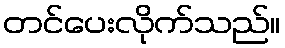
တင်ပေးလိုက်သည်။